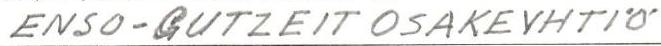
ENSO-GUTZEIT OSAKEYHTIÖ